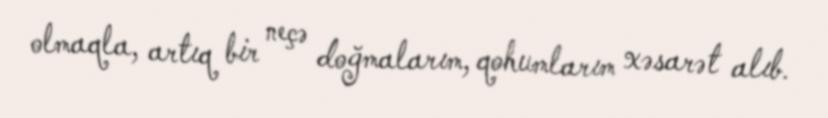
olmaqla, artıq bir neçə doğmalarım, qohumlarım xəsarət alıb.